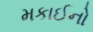
મકાઈનો